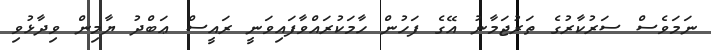
ނަމަވެސް ސަރުކާރުގެ ތަރުޖަމާނު އޭގެ ފަހުން ހާމަކުރައްވާފައިވަނީ ރައީސް ޢަބްދު ޔާމިން ވިދާޅުވި